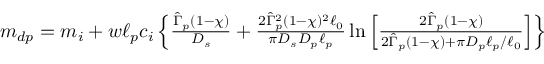
\begin{array} { r } { m _ { d p } = m _ { i } + w \ell _ { p } c _ { i } \left\{ \frac { \hat { \Gamma } _ { p } ( 1 - \chi ) } { D _ { s } } + \frac { 2 \hat { \Gamma } _ { p } ^ { 2 } ( 1 - \chi ) ^ { 2 } \ell _ { 0 } } { \pi D _ { s } D _ { p } \ell _ { p } } \ln \left[ \frac { 2 \hat { \Gamma } _ { p } ( 1 - \chi ) } { 2 \hat { \Gamma } _ { p } ( 1 - \chi ) + \pi D _ { p } \ell _ { p } / \ell _ { 0 } } \right] \right\} } \end{array}